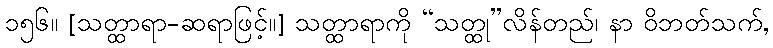
၁၅၆။ [သတ္ထာရာ-ဆရာဖြင့်။] သတ္ထာရာကို “သတ္ထု”လိန်တည်၊ နာ ဝိဘတ်သက်,